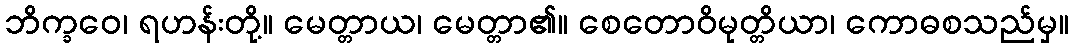
ဘိက္ခဝေ၊ ရဟန်းတို့။ မေတ္တာယ၊ မေတ္တာ၏။ စေတောဝိမုတ္တိယာ၊ ကောဓစသည်မှ။